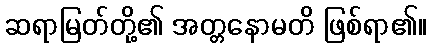
ဆရာမြတ်တို့၏ အတ္တနောမတိ ဖြစ်ရာ၏။